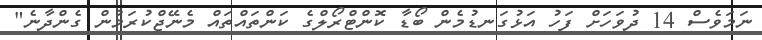
ނަމަވެސް 14 ދުވަހަށް ފަހު އަޅުގަނޑުމެން ބޯޑާ ކޮންޓްރޯލްގެ ކަންތައްތައް މެނޭޖްކުރަމުން ގެންދާނެ"